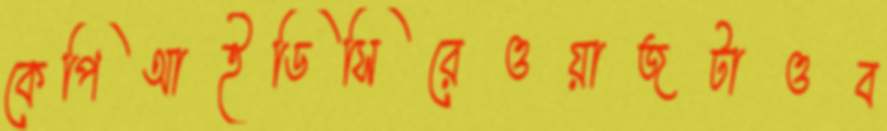
কেপিআইডিসিরেওয়াজটাওব